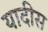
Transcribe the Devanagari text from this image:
यादीस